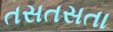
તસતસતા